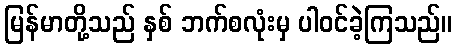
မြန်မာတို့သည် နှစ် ဘက်စလုံးမှ ပါဝင်ခဲ့ကြသည်။